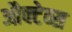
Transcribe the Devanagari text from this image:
औक्टेव्स